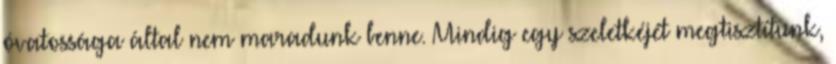
óvatossága által nem maradunk benne. Mindig egy szeletkéjét megtisztítunk,